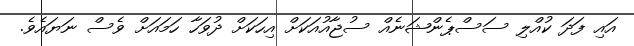
އައި ފަދަ ކުއްލި ސަސްޕެންޝަނެއް ސުޖާއުއަކަށް އިހަކަށް ދުވަހާ ހަމައަށް ވެސް ނަޔައެވެ.